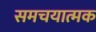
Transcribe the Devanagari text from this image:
समचयात्मक